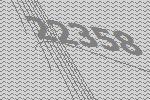
22358